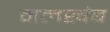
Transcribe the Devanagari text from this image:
मलखंब